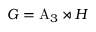
G = \mathrm { A } _ { 3 } \rtimes H